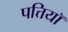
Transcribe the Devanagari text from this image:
पत्तियॉ